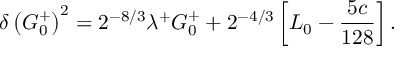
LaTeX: \delta \left( G _ { 0 } ^ { + } \right) ^ { 2 } = 2 ^ { - 8 / 3 } \lambda ^ { + } G _ { 0 } ^ { + } + 2 ^ { - 4 / 3 } \left[ L _ { 0 } - { \frac { 5 c } { 1 2 8 } } \right] .